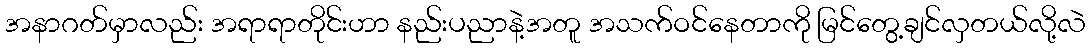
အနာဂတ်မှာလည်း အရာရာတိုင်းဟာ နည်းပညာနဲ့အတူ အသက်ဝင်နေတာကို မြင်တွေ့ချင်လှတယ်လို့လဲ